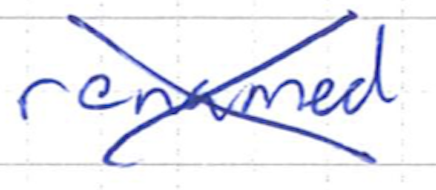
Text: renamed
Cross-out: cross
Writing tool: ballpoint